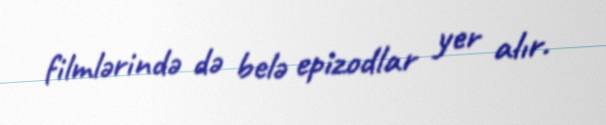
filmlərində də belə epizodlar yer alır.